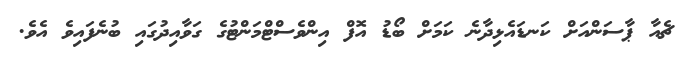
ޗެއާ ޕާސަންއަށް ކަނޑައެޅިދާނެ ކަމަށް ބޯޑު އޮފް އިންވެސްޓްމަންޓުގެ ގަވާއިދުގައި ބުނެފައިވެ އެވެ.